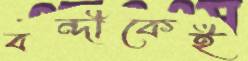
বন্দীকেই